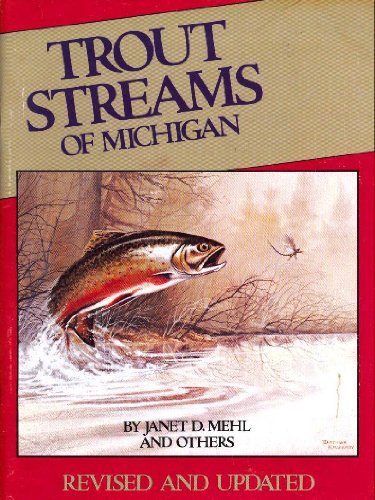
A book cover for Trout Streams of Michigan; Janet D Mehl; Travel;